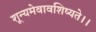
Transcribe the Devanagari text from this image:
शून्यमेवावशिष्यते।।